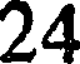
24